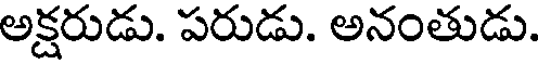
అక్షరుడు. పరుడు. అనంతుడు.